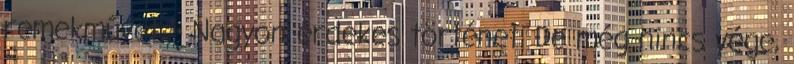
remekművet. - Nagyon érdekes történet. De még nincs vége,